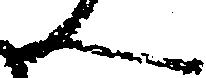
ん